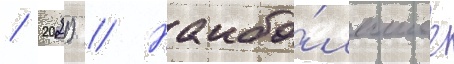
/ 2021) // Наибо́льшее